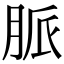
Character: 脈